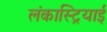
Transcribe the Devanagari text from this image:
लंकास्ट्रियाई